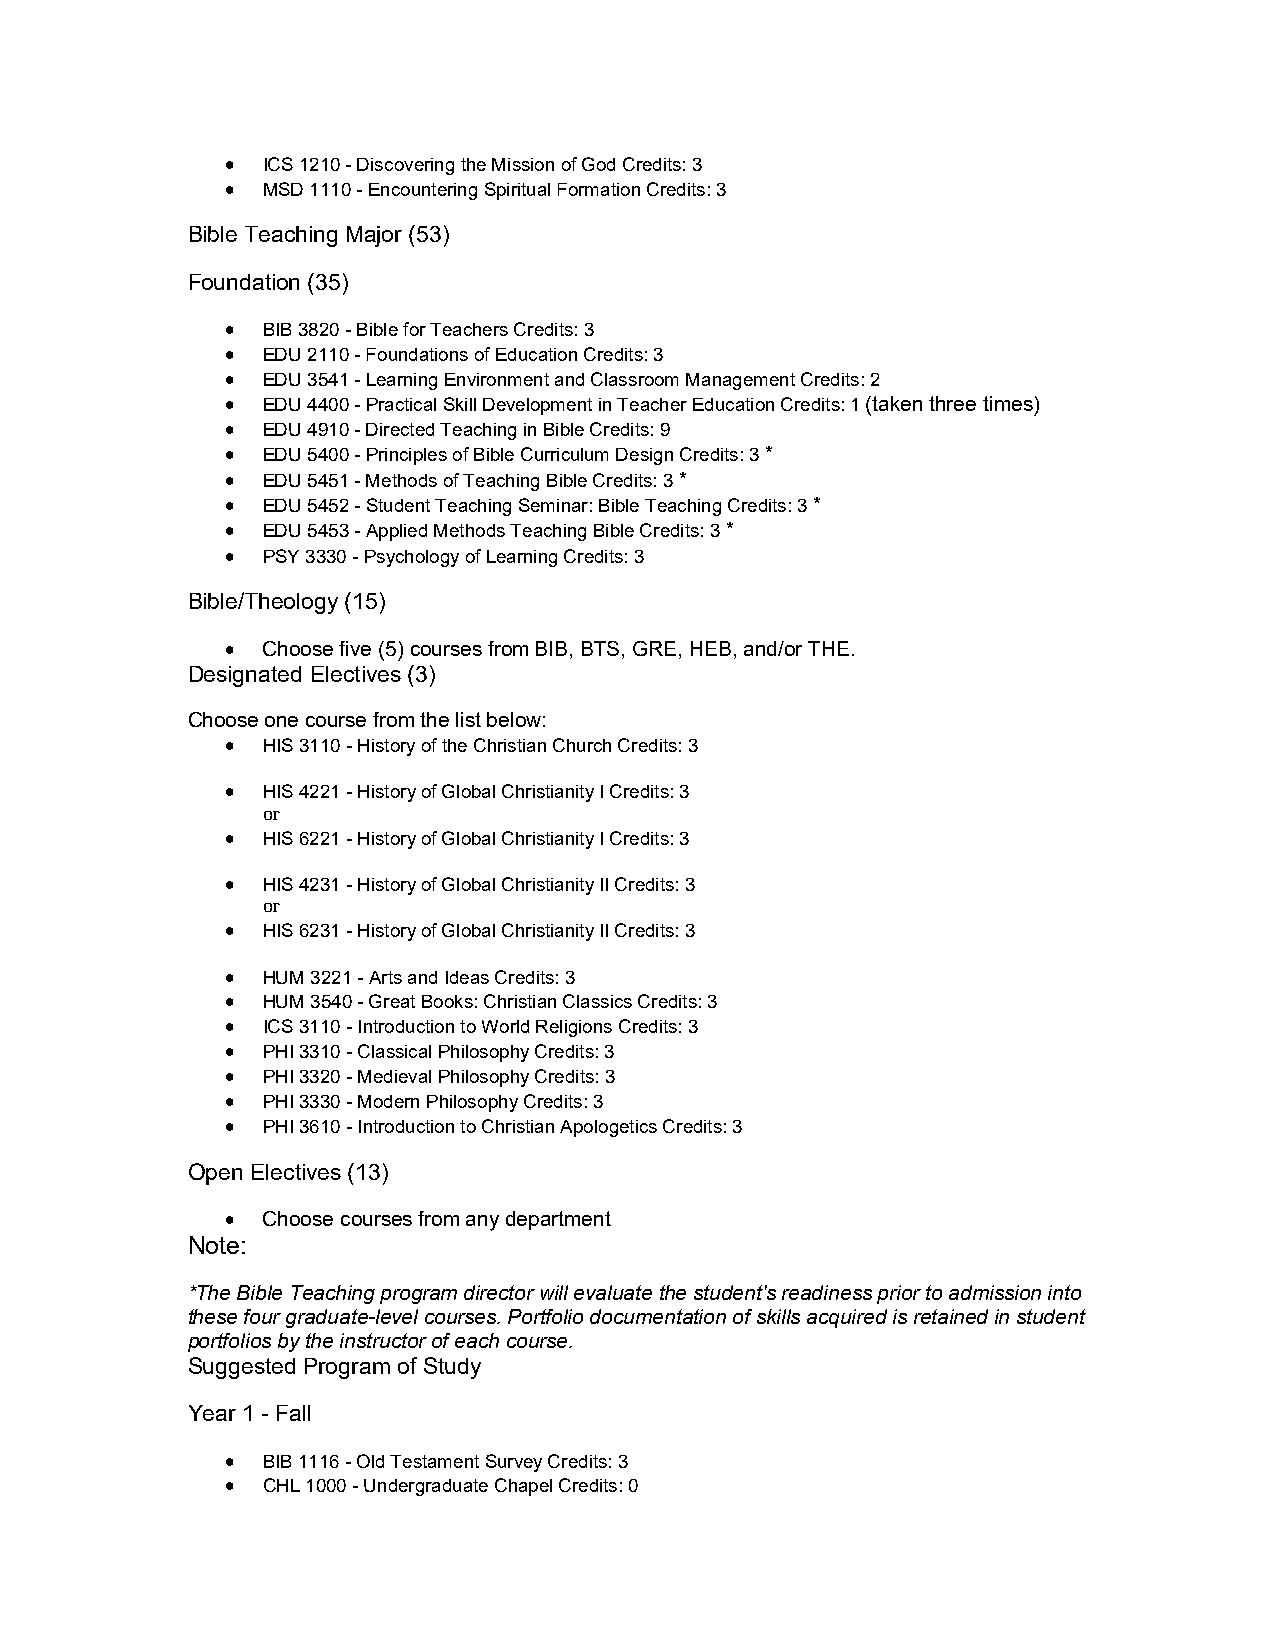
 ICS 1210 - Discovering the Mission of God Credits: 3
  MSD 1110 - Encountering Spiritual Formation Credits: 3
 Bible Teaching Major (53)
 Foundation (35)
  BIB 3820 - Bible for Teachers Credits: 3
  EDU 2110 - Foundations of Education Credits: 3
  EDU 3541 - Learning Environment and Classroom Management Credits: 2
  EDU 4400 - Practical Skill Development in Teacher Education Credits: 1 (taken three times)
  EDU 4910 - Directed Teaching in Bible Credits: 9
  EDU 5400 - Principles of Bible Curriculum Design Credits: 3 *
  EDU 5451 - Methods of Teaching Bible Credits: 3 *
  EDU 5452 - Student Teaching Seminar: Bible Teaching Credits: 3 *
  EDU 5453 - Applied Methods Teaching Bible Credits: 3 *
  PSY 3330 - Psychology of Learning Credits: 3
 Bible/Theology (15)
  Choose five (5) courses from BIB, BTS, GRE, HEB, and/or THE.
 Designated Electives (3)
 Choose one course from the list below:
  HIS 3110 - History of the Christian Church Credits: 3
  HIS 4221 - History of Global Christianity I Credits: 3
 or
  HIS 6221 - History of Global Christianity I Credits: 3
  HIS 4231 - History of Global Christianity II Credits: 3
 or
  HIS 6231 - History of Global Christianity II Credits: 3
  HUM 3221 - Arts and Ideas Credits: 3
  HUM 3540 - Great Books: Christian Classics Credits: 3
  ICS 3110 - Introduction to World Religions Credits: 3
  PHI 3310 - Classical Philosophy Credits: 3
  PHI 3320 - Medieval Philosophy Credits: 3
  PHI 3330 - Modern Philosophy Credits: 3
  PHI 3610 - Introduction to Christian Apologetics Credits: 3
 Open Electives (13)
  Choose courses from any department
 Note:
 *The Bible Teaching program director will evaluate the student's readiness prior to admission into
 these four graduate-level courses. Portfolio documentation of skills acquired is retained in student
 portfolios by the instructor of each course.
 Suggested Program of Study
 Year 1 - Fall
  BIB 1116 - Old Testament Survey Credits: 3
  CHL 1000 - Undergraduate Chapel Credits: 0